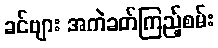
ခင်ဗျား အကဲခတ်ကြည့်စမ်း